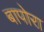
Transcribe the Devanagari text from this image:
बापोरा